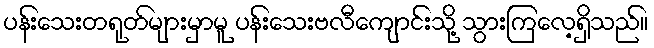
ပန်းသေးတရုတ်များမှာမူ ပန်းသေးဗလီကျောင်းသို့ သွားကြလေ့ရှိသည်။